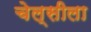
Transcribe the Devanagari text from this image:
चेल्सीला